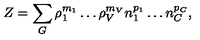
Z = \sum _ { G } \rho _ { 1 } ^ { m _ { 1 } } \ldots \rho _ { V } ^ { m _ { V } } n _ { 1 } ^ { p _ { 1 } } \ldots n _ { C } ^ { p _ { C } } ,